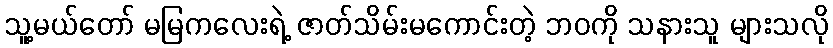
သူ့မယ်တော် မမြကလေးရဲ့ ဇာတ်သိမ်းမကောင်းတဲ့ ဘဝကို သနားသူ များသလို